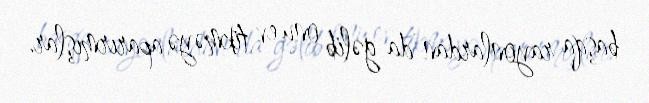
başqa rayonlardan da gəlib onu ev tikməyə aparırmışlar.